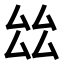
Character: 𠫬